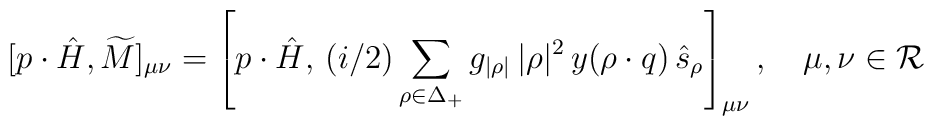
[p\cdot\hat{H}, \widetilde{M}]_{\mu\nu}=\left[p\cdot\hat{H},   \,{(i/2)}\sum_{\rho\in\Delta_{+}}g_{|\rho|}   \,{|\rho|^2}     \,y (\rho\cdot q)\,\hat{s}_{\rho}\right]_{\mu\nu},\quad\mu,\nu\in{\cal R}